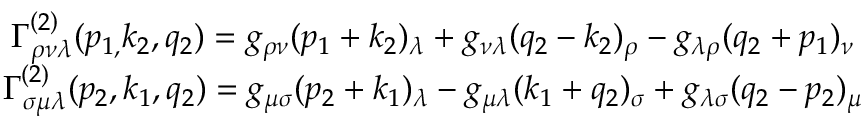
\begin{array} { c } { { \Gamma _ { \rho \nu \lambda } ^ { \left( 2 \right) } ( p _ { 1 , } k _ { 2 } , q _ { 2 } ) = g _ { \rho \nu } ( p _ { 1 } + k _ { 2 } ) _ { \lambda } + g _ { \nu \lambda } ( q _ { 2 } - k _ { 2 } ) _ { \rho } - g _ { \lambda \rho } ( q _ { 2 } + p _ { 1 } ) _ { \nu } } } \\ { { \Gamma _ { \sigma \mu \lambda } ^ { ( 2 ) } ( p _ { 2 } , k _ { 1 } , q _ { 2 } ) = g _ { \mu \sigma } ( p _ { 2 } + k _ { 1 } ) _ { \lambda } - g _ { \mu \lambda } ( k _ { 1 } + q _ { 2 } ) _ { \sigma } + g _ { \lambda \sigma } ( q _ { 2 } - p _ { 2 } ) _ { \mu } } } \end{array}